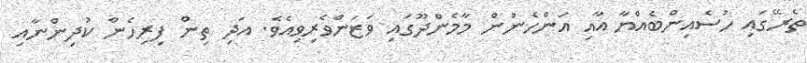
ތެރޭގައި ހުސެއިންބެއްޔާ އާއި އަންހެނުން މާމެންދޫގައި ވަޒަންވެރިވިއެވެ. އަދި ތިން ފިރިހެން ކުދިންނާއި